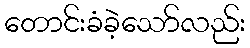
တောင်းခံခဲ့သော်လည်း